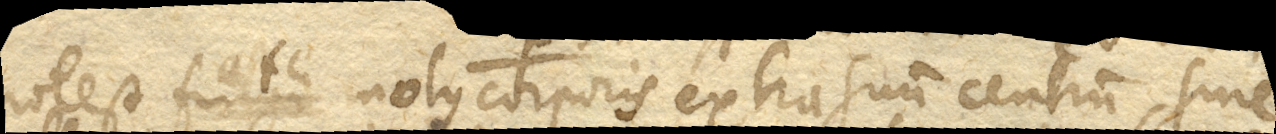
potest esse motus corporis extra suum centrum, sine